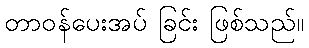
တာဝန်ပေးအပ် ခြင်း ဖြစ်သည်။